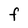
Character: F